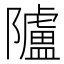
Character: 𨽜